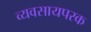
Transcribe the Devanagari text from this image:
व्यवसायपरक